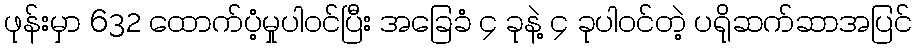
ဖုန်းမှာ 632 ထောက်ပံ့မှုပါဝင်ပြီး အခြေခံ ၄ ခုနဲ့ ၄ ခုပါဝင်တဲ့ ပရိုဆက်ဆာအပြင်